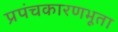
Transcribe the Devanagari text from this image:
प्रपंचकारणभूता